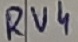
Text: RV4